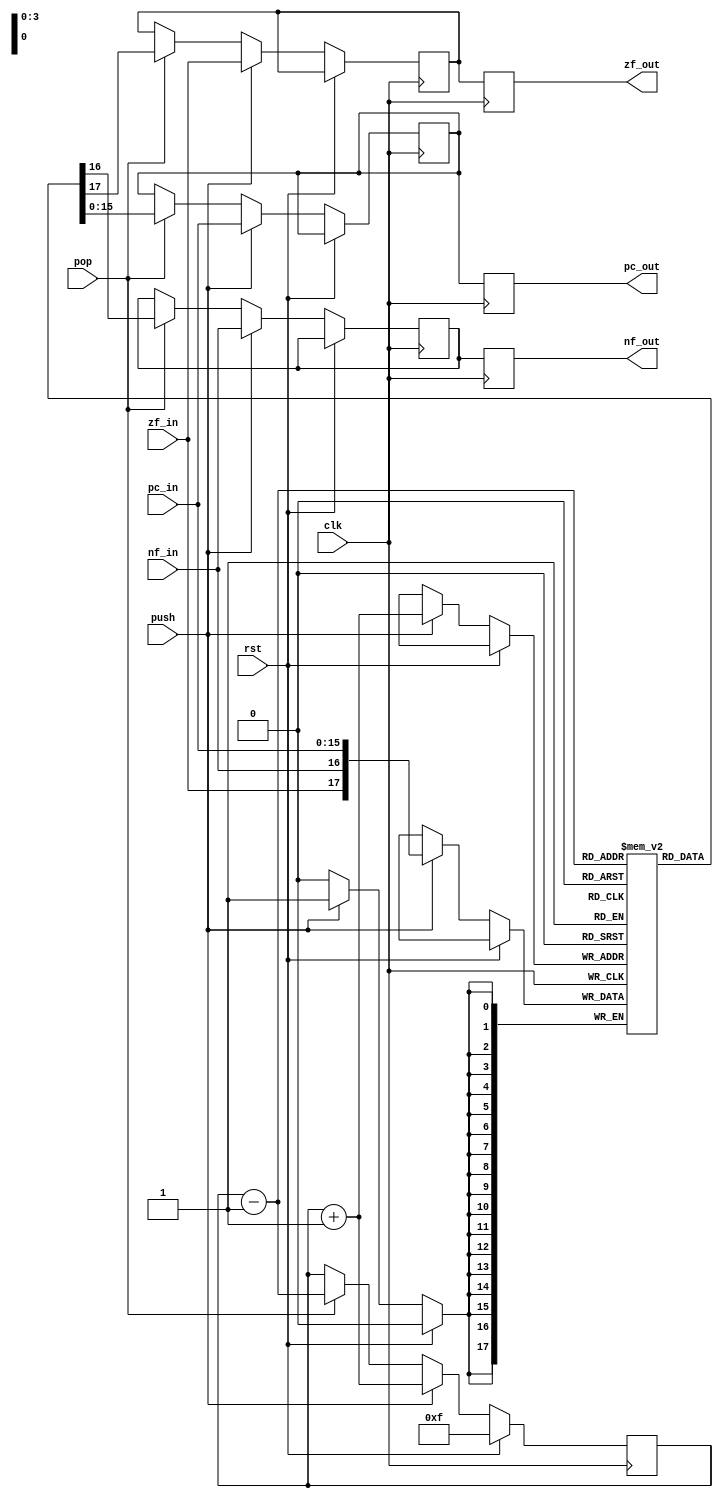
`timescale 1ns / 1ps
`default_nettype none

module CallStack #(parameter ADDR_WIDTH = 4, parameter ROM_ADDR_WIDTH = 16) (
    input wire rst,
    input wire clk,
    input wire [ROM_ADDR_WIDTH-1:0] pc_in, // current program counter
    input wire zf_in, // current zero flag
    input wire nf_in, // current negative flag
    input wire push,
    input wire pop,
    output reg [ROM_ADDR_WIDTH-1:0] pc_out, // top of stack program counter
    output reg zf_out, // top of stack zero flag
    output reg nf_out // top of stack negative flag
    );

reg [ADDR_WIDTH-1:0] idx;
reg [ROM_ADDR_WIDTH+1:0] mem [0:2**ADDR_WIDTH-1]; // {zf, nf, addr}
reg [ROM_ADDR_WIDTH-1:0] pc_out_nxt;
reg zf_out_nxt;
reg nf_out_nxt;

integer i;
initial begin
    for (i = 0; i < 2**ADDR_WIDTH; i = i + 1) begin
        mem[i] = {(ROM_ADDR_WIDTH+2){1'b0}}; // {zf, nf, addr}
    end
end

always @(negedge clk) begin
    pc_out <= pc_out_nxt;
    zf_out <= zf_out_nxt;
    nf_out <= nf_out_nxt;
end

always @(posedge clk) begin
    `ifdef DBG
        $display("  clk: CallStack");
    `endif

    if (rst) begin
        idx <= {ADDR_WIDTH{1'b1}};
    end else begin
        if (push) begin
            idx = idx + 1;
            mem[idx] <= {zf_in, nf_in, pc_in};
            zf_out_nxt <= zf_in;
            nf_out_nxt <= nf_in;
            pc_out_nxt <= pc_in;
        end else if (pop) begin
            idx = idx - 1;
            zf_out_nxt <= mem[idx][ROM_ADDR_WIDTH+1];
            nf_out_nxt <= mem[idx][ROM_ADDR_WIDTH];
            pc_out_nxt <= mem[idx][ROM_ADDR_WIDTH-1:0];
        end
    end
end

endmodule

`default_nettype wire